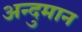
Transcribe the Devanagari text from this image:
अन्दुमान